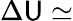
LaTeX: \Delta\mathsf{U}\simeq